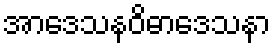
အာဒေသနဝိဓာဒေသနာ